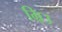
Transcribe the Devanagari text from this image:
ग्रिउ